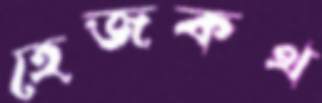
হেজকথ